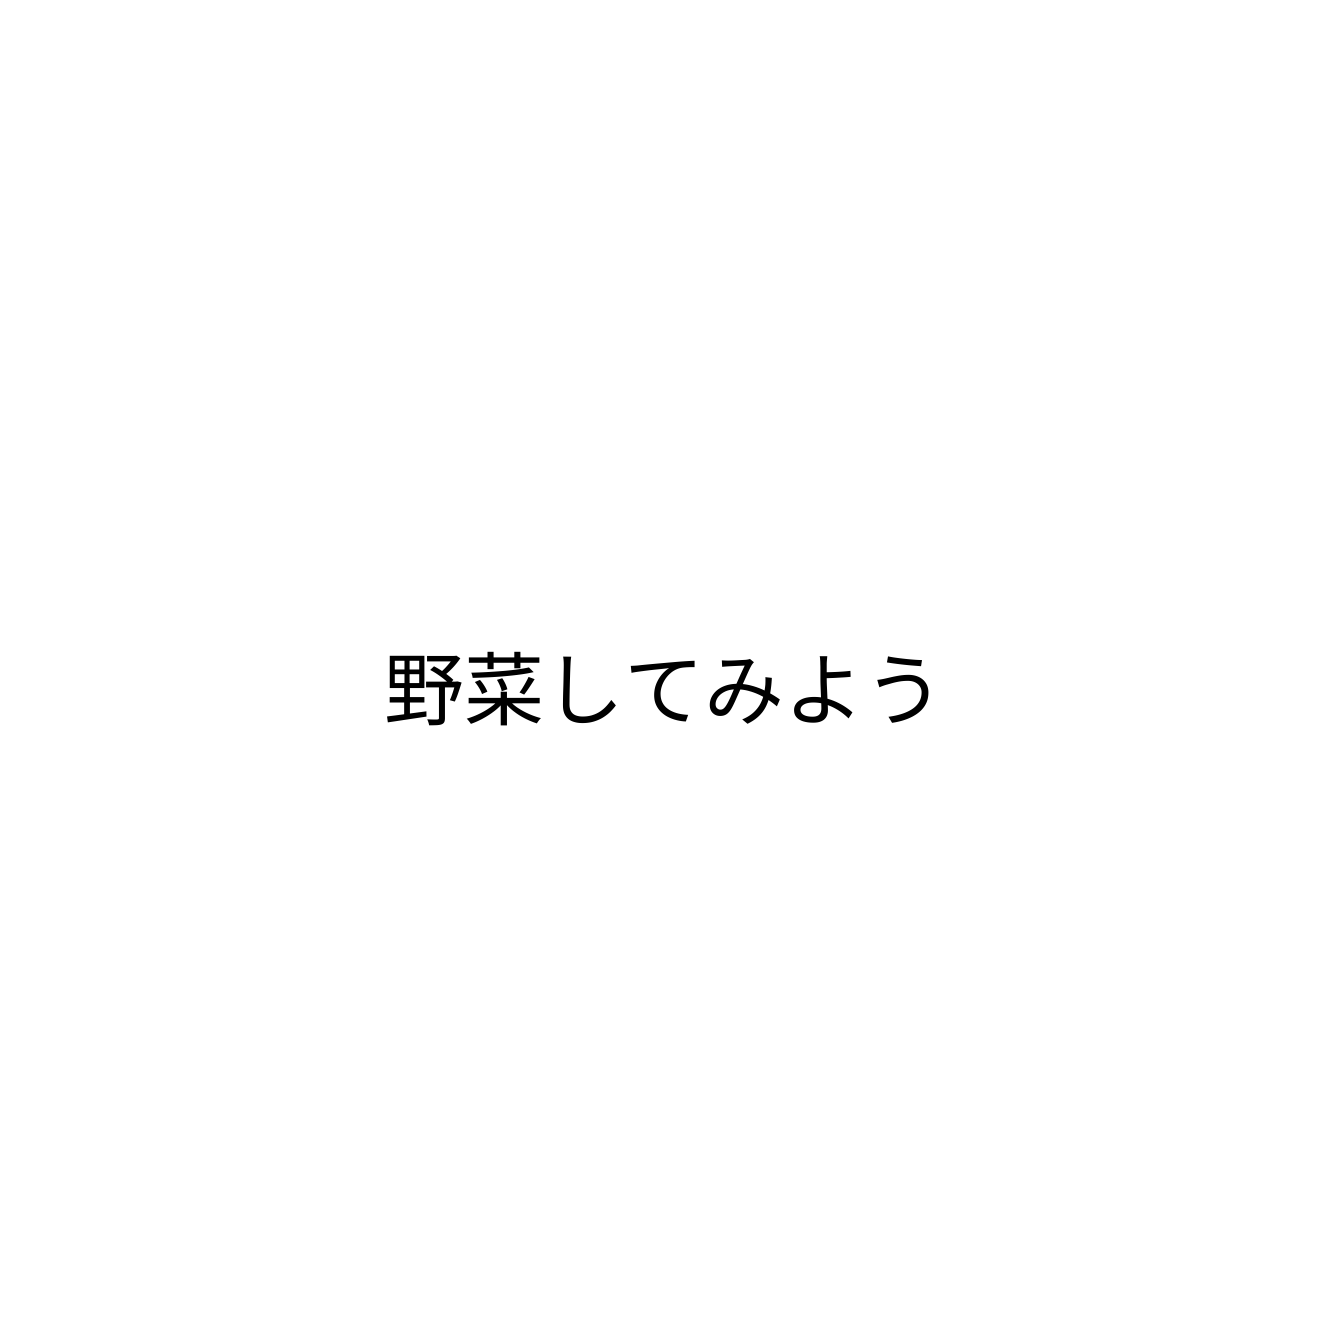
野菜してみよう